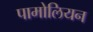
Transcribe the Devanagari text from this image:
पामोलियन